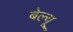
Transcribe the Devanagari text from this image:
बेल्यू